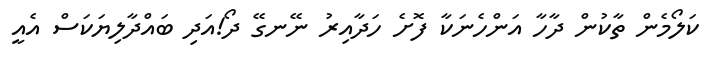
ކަލޯމެން ތާކުން ދާހާ އަންހެނަަކާ ފޮށެ ހަދާއިރު ނޭނގޭ ދޯ!އަދި ބައްދާލިޔަކަސް އެއީ